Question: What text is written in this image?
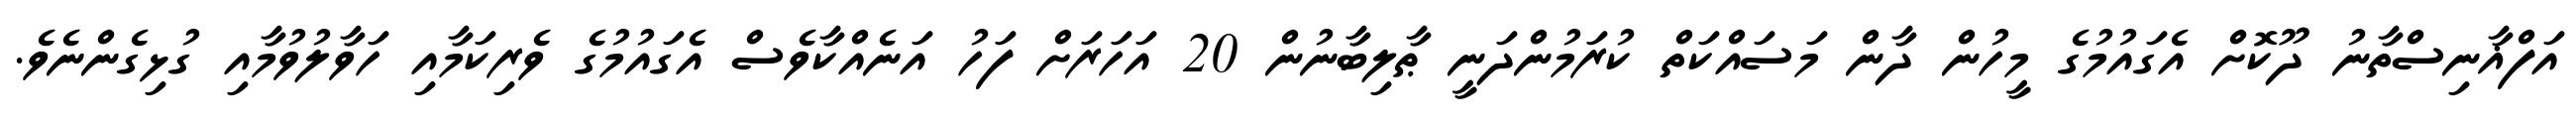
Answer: އަފްޣާނިސްތާނު ދޫކޮށް އެގައުމުގެ މީހުން ދާން މަސައްކަތް ކުރަމުންދަނީ ޠާލިބާނުން 20 އަހަރަށް ފަހު އަނެއްކާވެސް އެގައުމުގެ ވެރިކަމާއި ހަވާލުވުމާއި ގުޅިގެންނެވެ.